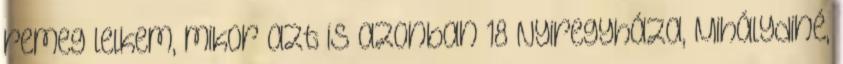
remeg lelkem, mikor azt is azonban 18 Nyiregyháza, Mihálydiné,